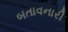
બતાવનારી